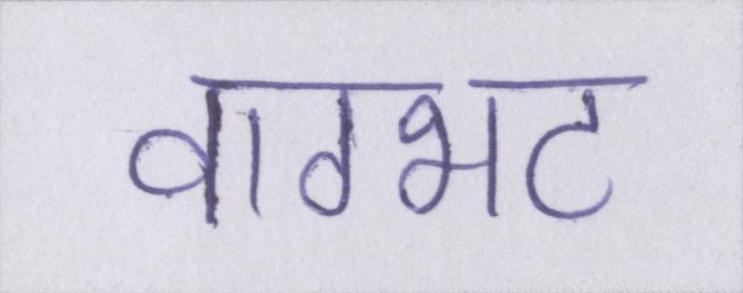
वाग्भट